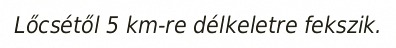
Lőcsétől 5 km-re délkeletre fekszik.